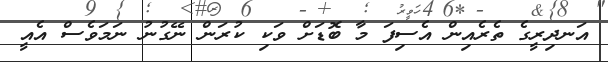
އަނދިރީގެ ތެރެއިން އެސިފަ މާ ބޮޑަށް ވަކި ކުރަން ނޭގުނު ނަމަވެސް އެއީ